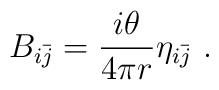
B_{i\bar{j}} = \frac{i\theta}{4\pi r} \eta_{i\bar{j}}\ .